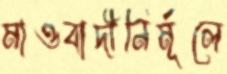
মাওবাদীনির্মূলে